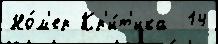
Но́м'ер Кр'и́т'ика  14